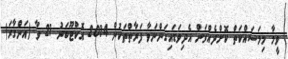
ވީމާ މިމަސައްކަތް ކޮށްދެއްވަން އެދިވަޑައިގަންނަވާ ފަރާތްތަކުން 2014 އޮކްޓޫބަރު 21 ވާ (އަންގާރަ)